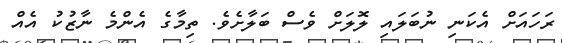
ރަހައަށް އެކަނި ނުބަލައި ލޮލަށް ވެސް ބަލާށެވެ. ތިމާގެ އެންމެ ނާޒުކު އެއް